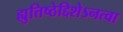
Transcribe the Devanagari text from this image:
ह्युत्तिष्ठेद्दिशेऽनत्वा